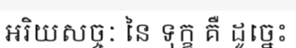
អរិយសច្ចៈ នៃ ទុក្ខ គឺ ដូច្នេះ